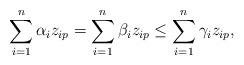
LaTeX: \begin{align*}\sum_{i=1}^n \alpha_i z_{ip} = \sum_{i=1}^n \beta_i z_{ip} \leq \sum_{i=1}^n \gamma_i z_{ip},\end{align*}